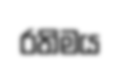
රතිමය